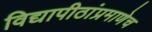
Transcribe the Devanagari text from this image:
विद्यापीठांप्रमाणेच